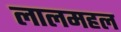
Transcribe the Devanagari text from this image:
लालमहल